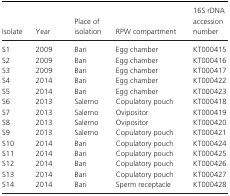
<table><thead><tr><td><b>Isolate</b></td><td><b>Year</b></td><td><b>Place of isolation</b></td><td><b>RPW compartment</b></td><td><b>16S rDNA accession number</b></td></tr></thead><tbody><tr><td>S1</td><td>2009</td><td>Bari</td><td>Egg chamber</td><td>KT000415</td></tr><tr><td>S2</td><td>2009</td><td>Bari</td><td>Egg chamber</td><td>KT000416</td></tr><tr><td>S3</td><td>2009</td><td>Bari</td><td>Egg chamber</td><td>KT000417</td></tr><tr><td>S4</td><td>2014</td><td>Bari</td><td>Egg chamber</td><td>KT000422</td></tr><tr><td>S5</td><td>2014</td><td>Bari</td><td>Egg chamber</td><td>KT000423</td></tr><tr><td>S6</td><td>2013</td><td>Salerno</td><td>Copulatory pouch</td><td>KT000418</td></tr><tr><td>S7</td><td>2013</td><td>Salerno</td><td>Ovipositor</td><td>KT000419</td></tr><tr><td>S8</td><td>2013</td><td>Salerno</td><td>Ovipositor</td><td>KT000420</td></tr><tr><td>S9</td><td>2013</td><td>Salerno</td><td>Copulatory pouch</td><td>KT000421</td></tr><tr><td>S10</td><td>2014</td><td>Bari</td><td>Copulatory pouch</td><td>KT000424</td></tr><tr><td>S11</td><td>2014</td><td>Bari</td><td>Copulatory pouch</td><td>KT000425</td></tr><tr><td>S12</td><td>2014</td><td>Bari</td><td>Copulatory pouch</td><td>KT000426</td></tr><tr><td>S13</td><td>2014</td><td>Bari</td><td>Copulatory pouch</td><td>KT000427</td></tr><tr><td>S14</td><td>2014</td><td>Bari</td><td>Sperm receptacle</td><td>KT000428</td></tr></tbody></table>